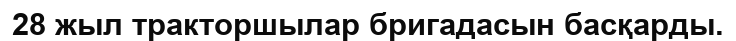
28 жыл тракторшылар бригадасын басқарды.